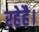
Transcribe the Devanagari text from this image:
रहेहै।